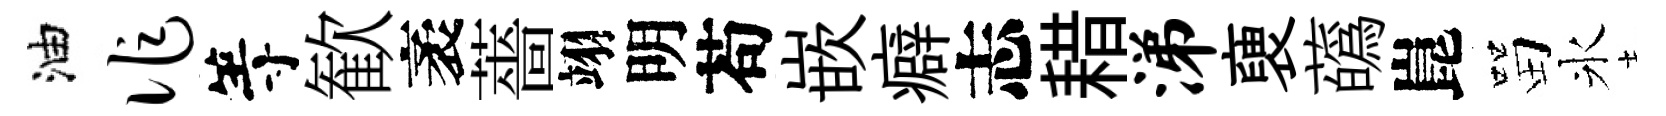
油作等歓袤薔翊明苟嵌癖志耤涕褏蘤崑㽞氷